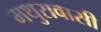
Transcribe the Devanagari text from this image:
मथुरावासी